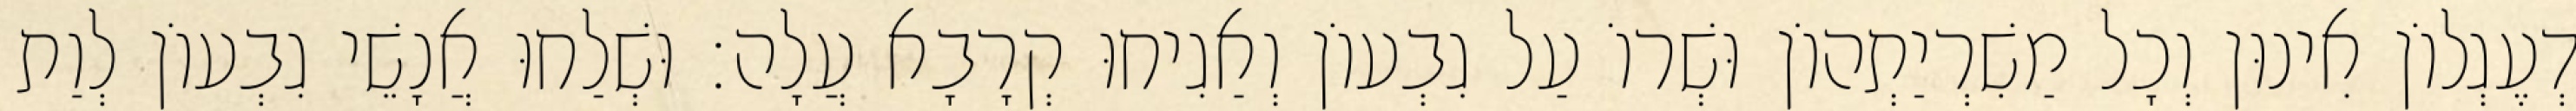
דְעֶגְלוֹן אִינוּן וְכָל מַשִׁרְיַתְהוֹן וּשְׁרוֹ עַל גִבְעוֹן וְאַגִיחוּ קְרָבָא עֲלָה׃ וּשְׁלַחוּ אֲנָשֵׁי גִבְעוֹן לְוַת